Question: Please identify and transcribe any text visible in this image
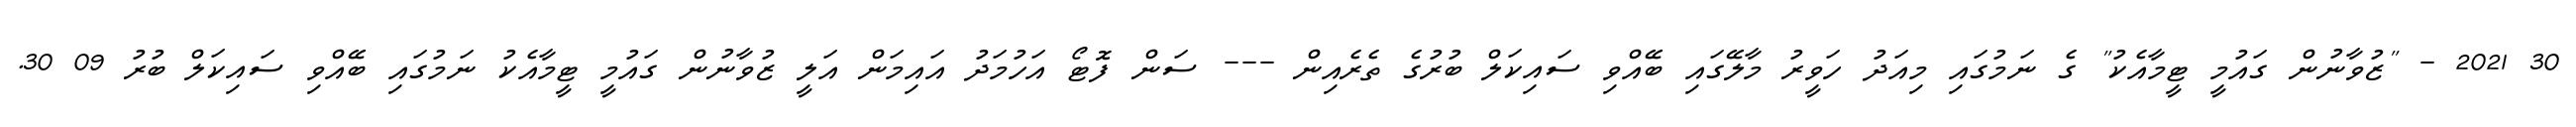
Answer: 30 2021 - "ޒުވާނުން ގައުމީ ޓީމާއެކު" ގެ ނަމުގައި މިއަދު ހަވީރު މާލޭގައި ބޭއްވި ސައިކަލް ބުރުގެ ތެރެއިން --- ސަން ފޮޓޯ އަހުމަދު އައިމަން އަލީ ޒުވާނުން ގައުމީ ޓީމާއެކު ނަމުގައި ބޭއްވި ސައިކަލް ބުރު 09 30.